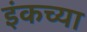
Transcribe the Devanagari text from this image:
इंकच्या